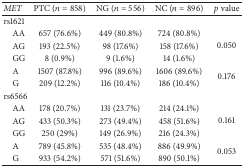
| MET | PTC (n = 858) | NG (n = 556) | NC (n = 896) | p value |
 | --- | --- | --- | --- | --- |
 | rs1621 |  |  |  |  |
 | AA | 657 (76.6%) | 449 (80.8%) | 724 (80.8%) | <ROWSPAN=3> 0.050 |
 | AG | 193 (22.5%) | 98 (17.6%) | 158 (17.6%) |
 | GG | 8 (0.9%) | 9 (1.6%) | 14 (1.6%) |
 | A | 1507 (87.8%) | 996 (89.6%) | 1606 (89.6%) | <ROWSPAN=2> 0.176 |
 | G | 209 (12.2%) | 116 (10.4%) | 186 (10.4%) |
 | rs6566 |  |  |  |  |
 | AA | 178 (20.7%) | 131 (23.7%) | 214 (24.1%) | <ROWSPAN=3> 0.161 |
 | AG | 433 (50.3%) | 273 (49.4%) | 458 (51.6%) |
 | GG | 250 (29%) | 149 (26.9%) | 216 (24.3%) |
 | A | 789 (45.8%) | 535 (48.4%) | 886 (49.9%) | <ROWSPAN=2> 0.053 |
 | G | 933 (54.2%) | 571 (51.6%) | 890 (50.1%) |